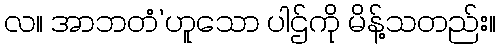
လ။ အာဘတံ’ဟူသော ပါဌ်ကို မိန့်သတည်း။